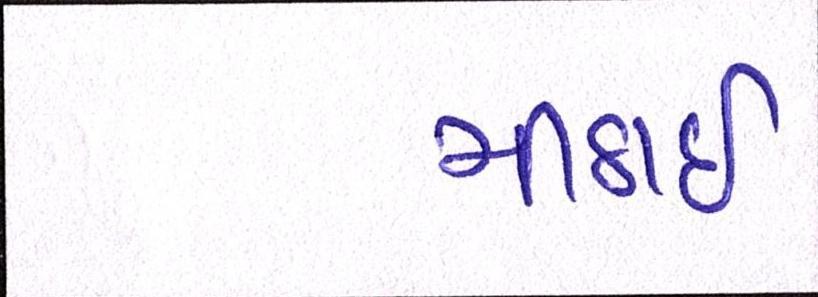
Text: મીઠાઈ